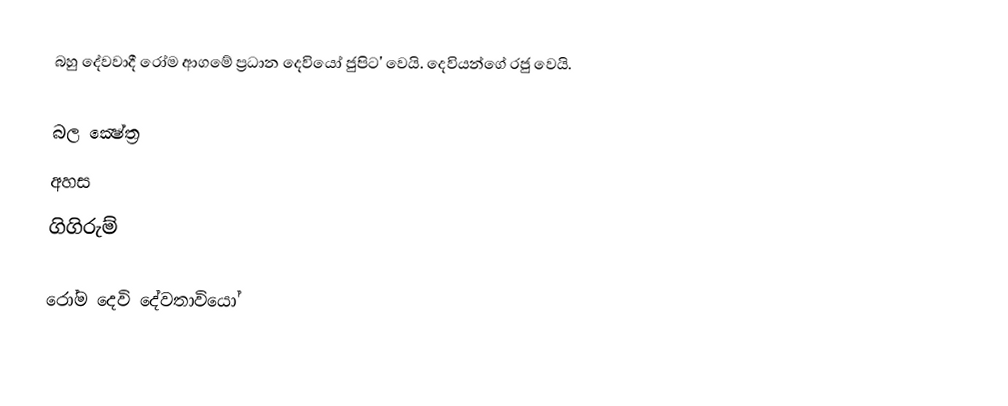
බහු දේවවාදී රෝම ආගමේ ප්‍රධාන දෙවියෝ ජුපිට' වෙයි. දෙවියන්ගේ රජු වෙයි.

බල ක්‍ෂේත්‍ර
 අහස
 ගිගිරුම්

රෝම දෙවි දේවතාවියෝ